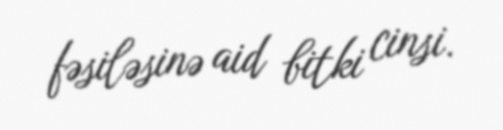
fəsiləsinə aid bitki cinsi.